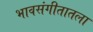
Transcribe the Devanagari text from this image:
भावसंगीतातला